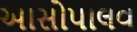
આસોપાલવ